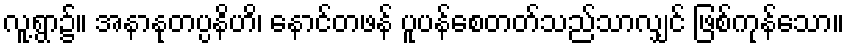
လူ့ရွာ၌။ အနာနုတပ္ပနိဟိ၊ နောင်တဖန် ပူပန်စေတတ်သည်သာလျှင် ဖြစ်ကုန်သော။